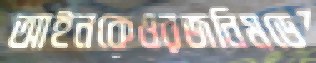
আইনকেওরজনিমডে